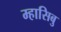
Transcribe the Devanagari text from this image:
म्हासिबु